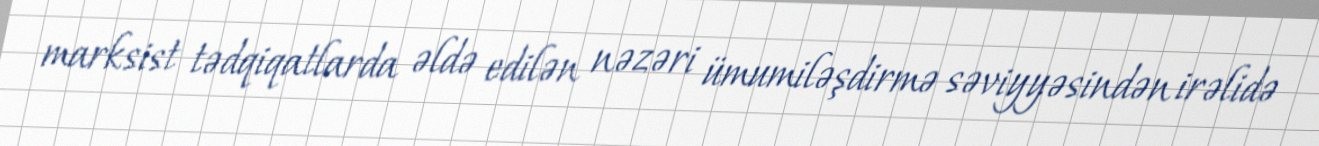
marksist tədqiqatlarda əldə edilən nəzəri ümumiləşdirmə səviyyəsindən irəlidə